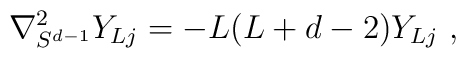
\nabla^2_{S^{d-1}}Y_{Lj}=-L(L+d-2)Y_{Lj} \ ,